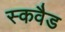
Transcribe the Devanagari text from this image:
स्कवैड